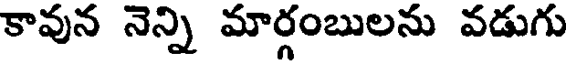
కావున నెన్ని మార్గంబులను వడుగు